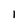
Character: 1